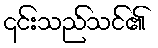
၎င်းသည်သင်၏